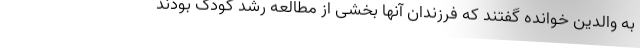
به والدین خوانده گفتند كه فرزندان آنها بخشی از مطالعه رشد كودک بودند